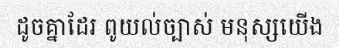
ដូចគ្នាដែរ ពូយល់ច្បាស់ មនុស្សយើង